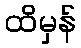
ထိမှန်